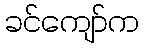
ခင်ကျော်က